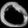
Digit: ၀